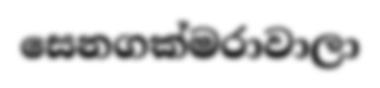
සෙනගක්මරාවාලා